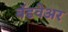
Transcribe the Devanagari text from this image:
बॅडवेअर